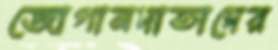
জোগানদাতাদের